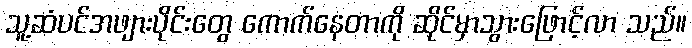
သူ့ဆံပင်အဖျားပိုင်းတွေ ကောက်နေတာကို ဆိုင်မှာသွားဖြောင့်လာ သည်။